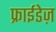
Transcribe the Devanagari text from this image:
फ्राईडेज़